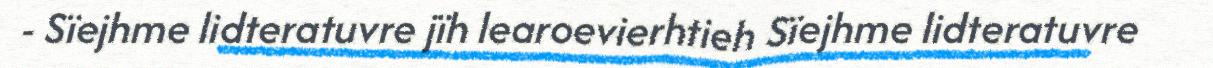
- Sïejhme lidteratuvre jïh learoevierhtieh Sïejhme lidteratuvre